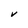
Character: V